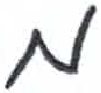
אות: מ